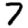
Digit: 7